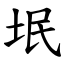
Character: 垊